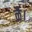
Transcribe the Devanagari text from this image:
ळै।